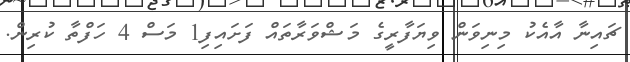
ޗައިނާ އާއެކު މިނިވަން ވިޔަފާރީގެ މަޝްވަރާތައް ފަށައިފި1 މަސް 4 ހަފްތާ ކުރިން.